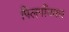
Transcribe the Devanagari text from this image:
पिलगाँवकर